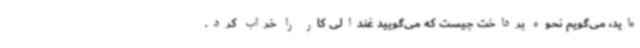
ه‌اید، می‌گویم نحوه پرداخت چیست که می‌گویید غندالی کار را خراب کرد.